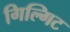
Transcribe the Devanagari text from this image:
गिल्गिट